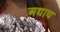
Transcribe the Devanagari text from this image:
अद्याय